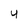
Character: Y